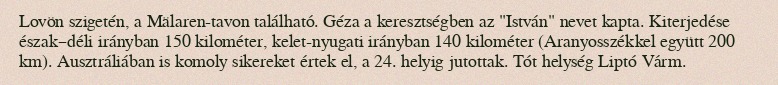
Lovön szigetén, a Mälaren-tavon található. Géza a keresztségben az "István" nevet kapta. Kiterjedése észak–déli irányban 150 kilométer, kelet-nyugati irányban 140 kilométer (Aranyosszékkel együtt 200 km). Ausztráliában is komoly sikereket értek el, a 24. helyig jutottak. Tót helység Liptó Várm.